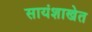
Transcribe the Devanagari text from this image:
सायंशाखेत